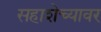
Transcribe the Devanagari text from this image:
सहाशेच्यावर